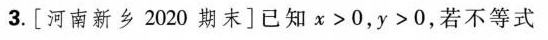
3.[河南新乡2020期末]已知$$x > 0$$，$$y > 0$$，若不等式